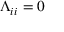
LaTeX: \Lambda _ { i i } = 0